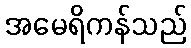
အမေရိကန်သည်